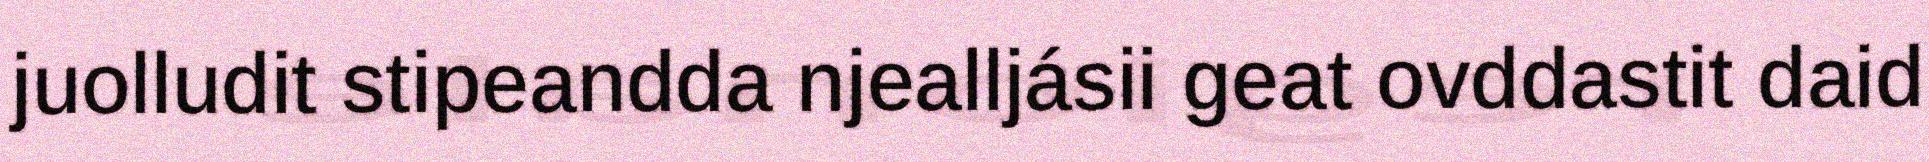
juolludit stipeandda njealljásii geat ovddastit daid